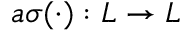
a \sigma ( \cdot ) : L \to L